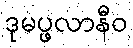
ဒုမပ္ဖလာနီဝ